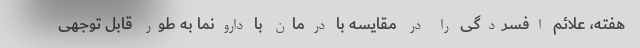
هفته، علائم افسردگی را در مقایسه با درمان با دارونما به طور قابل توجهی